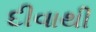
દીવાથી